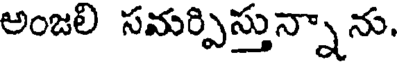
అంజలి సమర్పిస్తున్నాను.